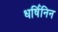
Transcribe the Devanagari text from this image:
धर्षिनिन